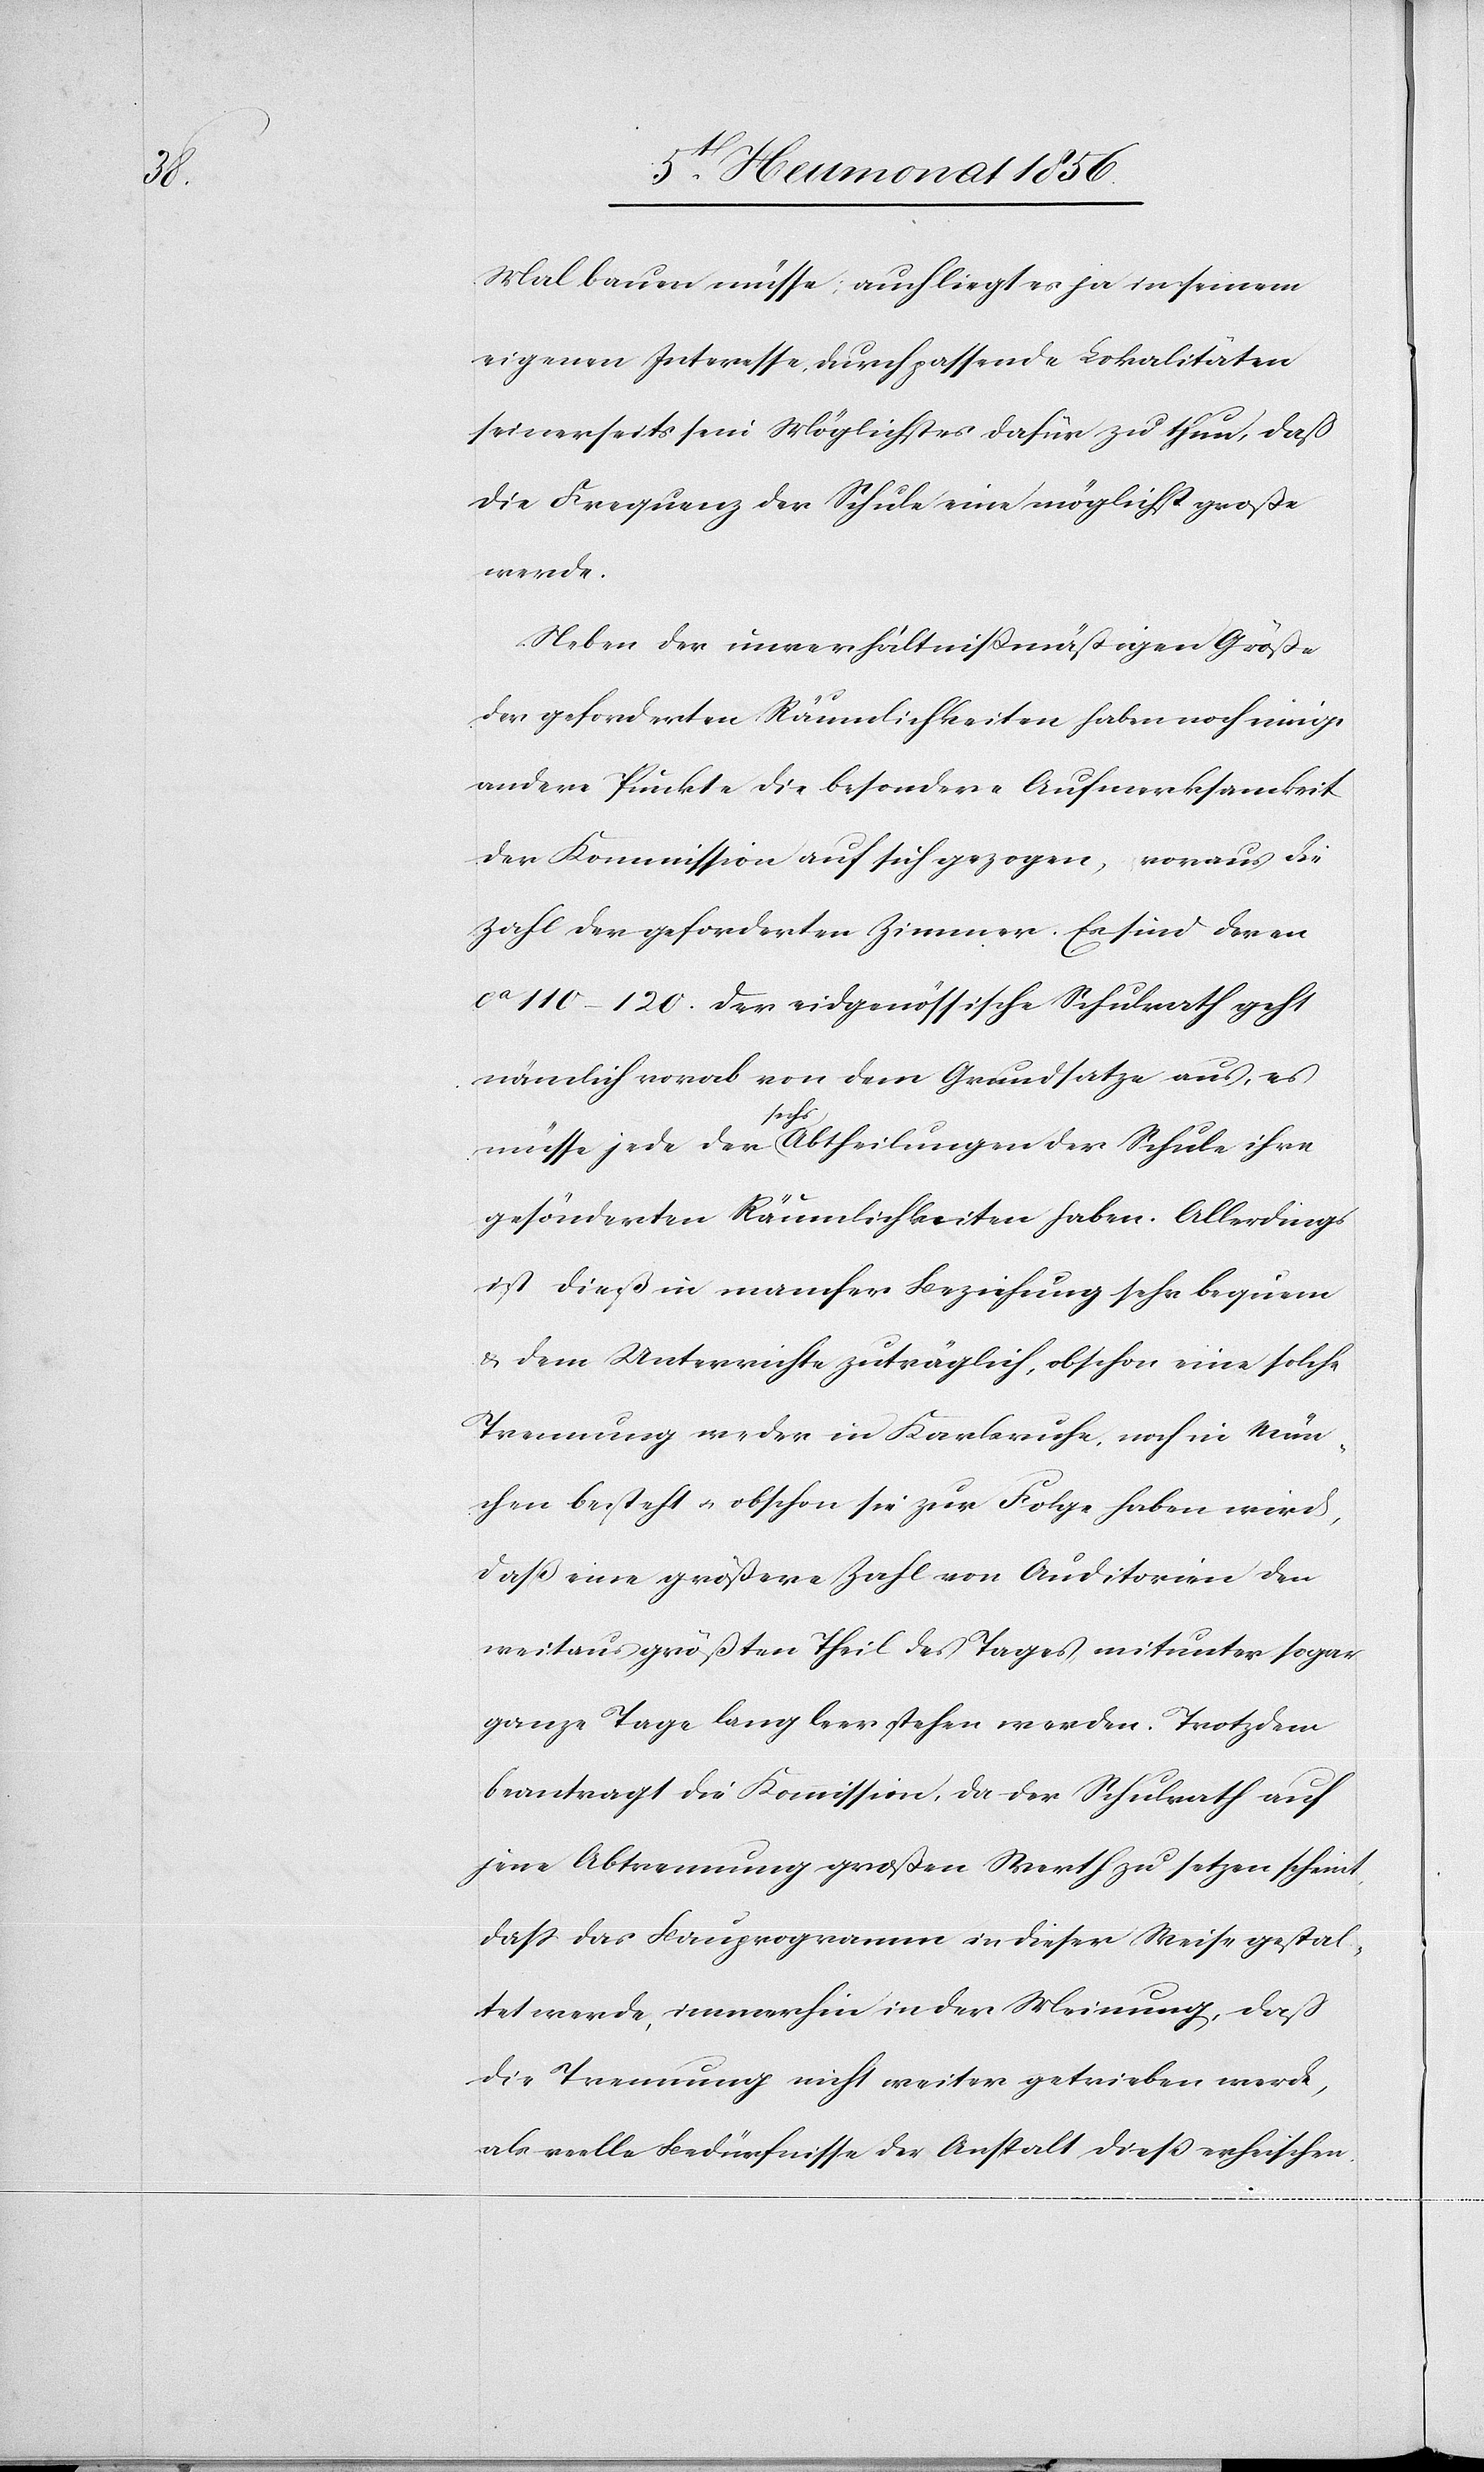
Mal bauen müsse; auch liegt es ja in seinem
eigenen Interesse, durch passende Lokalitäten
seinerseits sein Möglichstes dafür zu thun, daß
die Frequenz der Schule eine möglichst große
werde.
Neben der unverhältnissmäßigen Größe
der geforderten Räumlichkeiten haben noch einige
andere Punkte die besondere Aufmerksamkeit
der Kommission auf sich gezogen, voraus die
Zahl der geforderten Zimmer. Es sind deren
ca 110–120. Der eidgenössische Schulrath geht
nämlich vorab von dem Grundsatze aus, es
Schule
gesönderten Räumlichkeiten haben. Allerdings
ist dieß in mancher Beziehung sehr bequem
& dem Unterrichte zuträglich, obschon eine solche
Trennung weder in Karlsruhe, noch in Mün¬
chen besteht u. obschon sie zur Folge haben wird,
daß eine größere Zahl von Auditorien den
weitaus größten Theil des Tages mitunter sogar
ganze Tage lang leer stehen werden. Trotzdem
beantragt die Kommission, da der Schulrath auf
jene Abtrennung großen Werth zu setzen scheint,
dass das Bauprogramm in dieser Weise gestal¬
tet werde, immerhin in der Meinung, daß
die Trennung nicht weiter getrieben werde,
als reelle Bedürfnisse der Anstalt dieß erheischen.
ihre